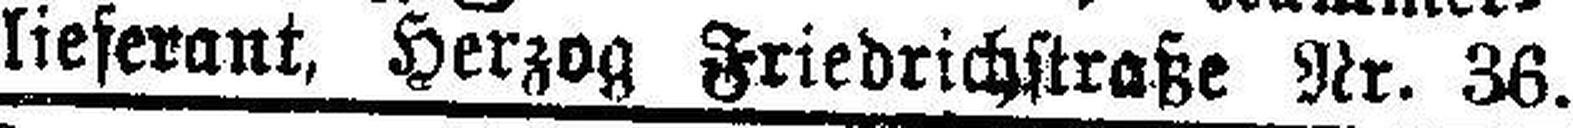
lieferant, Herzog Friedrichstraße Nr. 36.